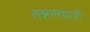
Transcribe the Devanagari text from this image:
तन्नामधारी